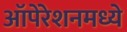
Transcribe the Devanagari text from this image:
ऑपेरेशनमध्ये